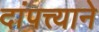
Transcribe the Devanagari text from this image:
दांपत्त्याने